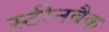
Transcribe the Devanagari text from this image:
स्टीनबैक